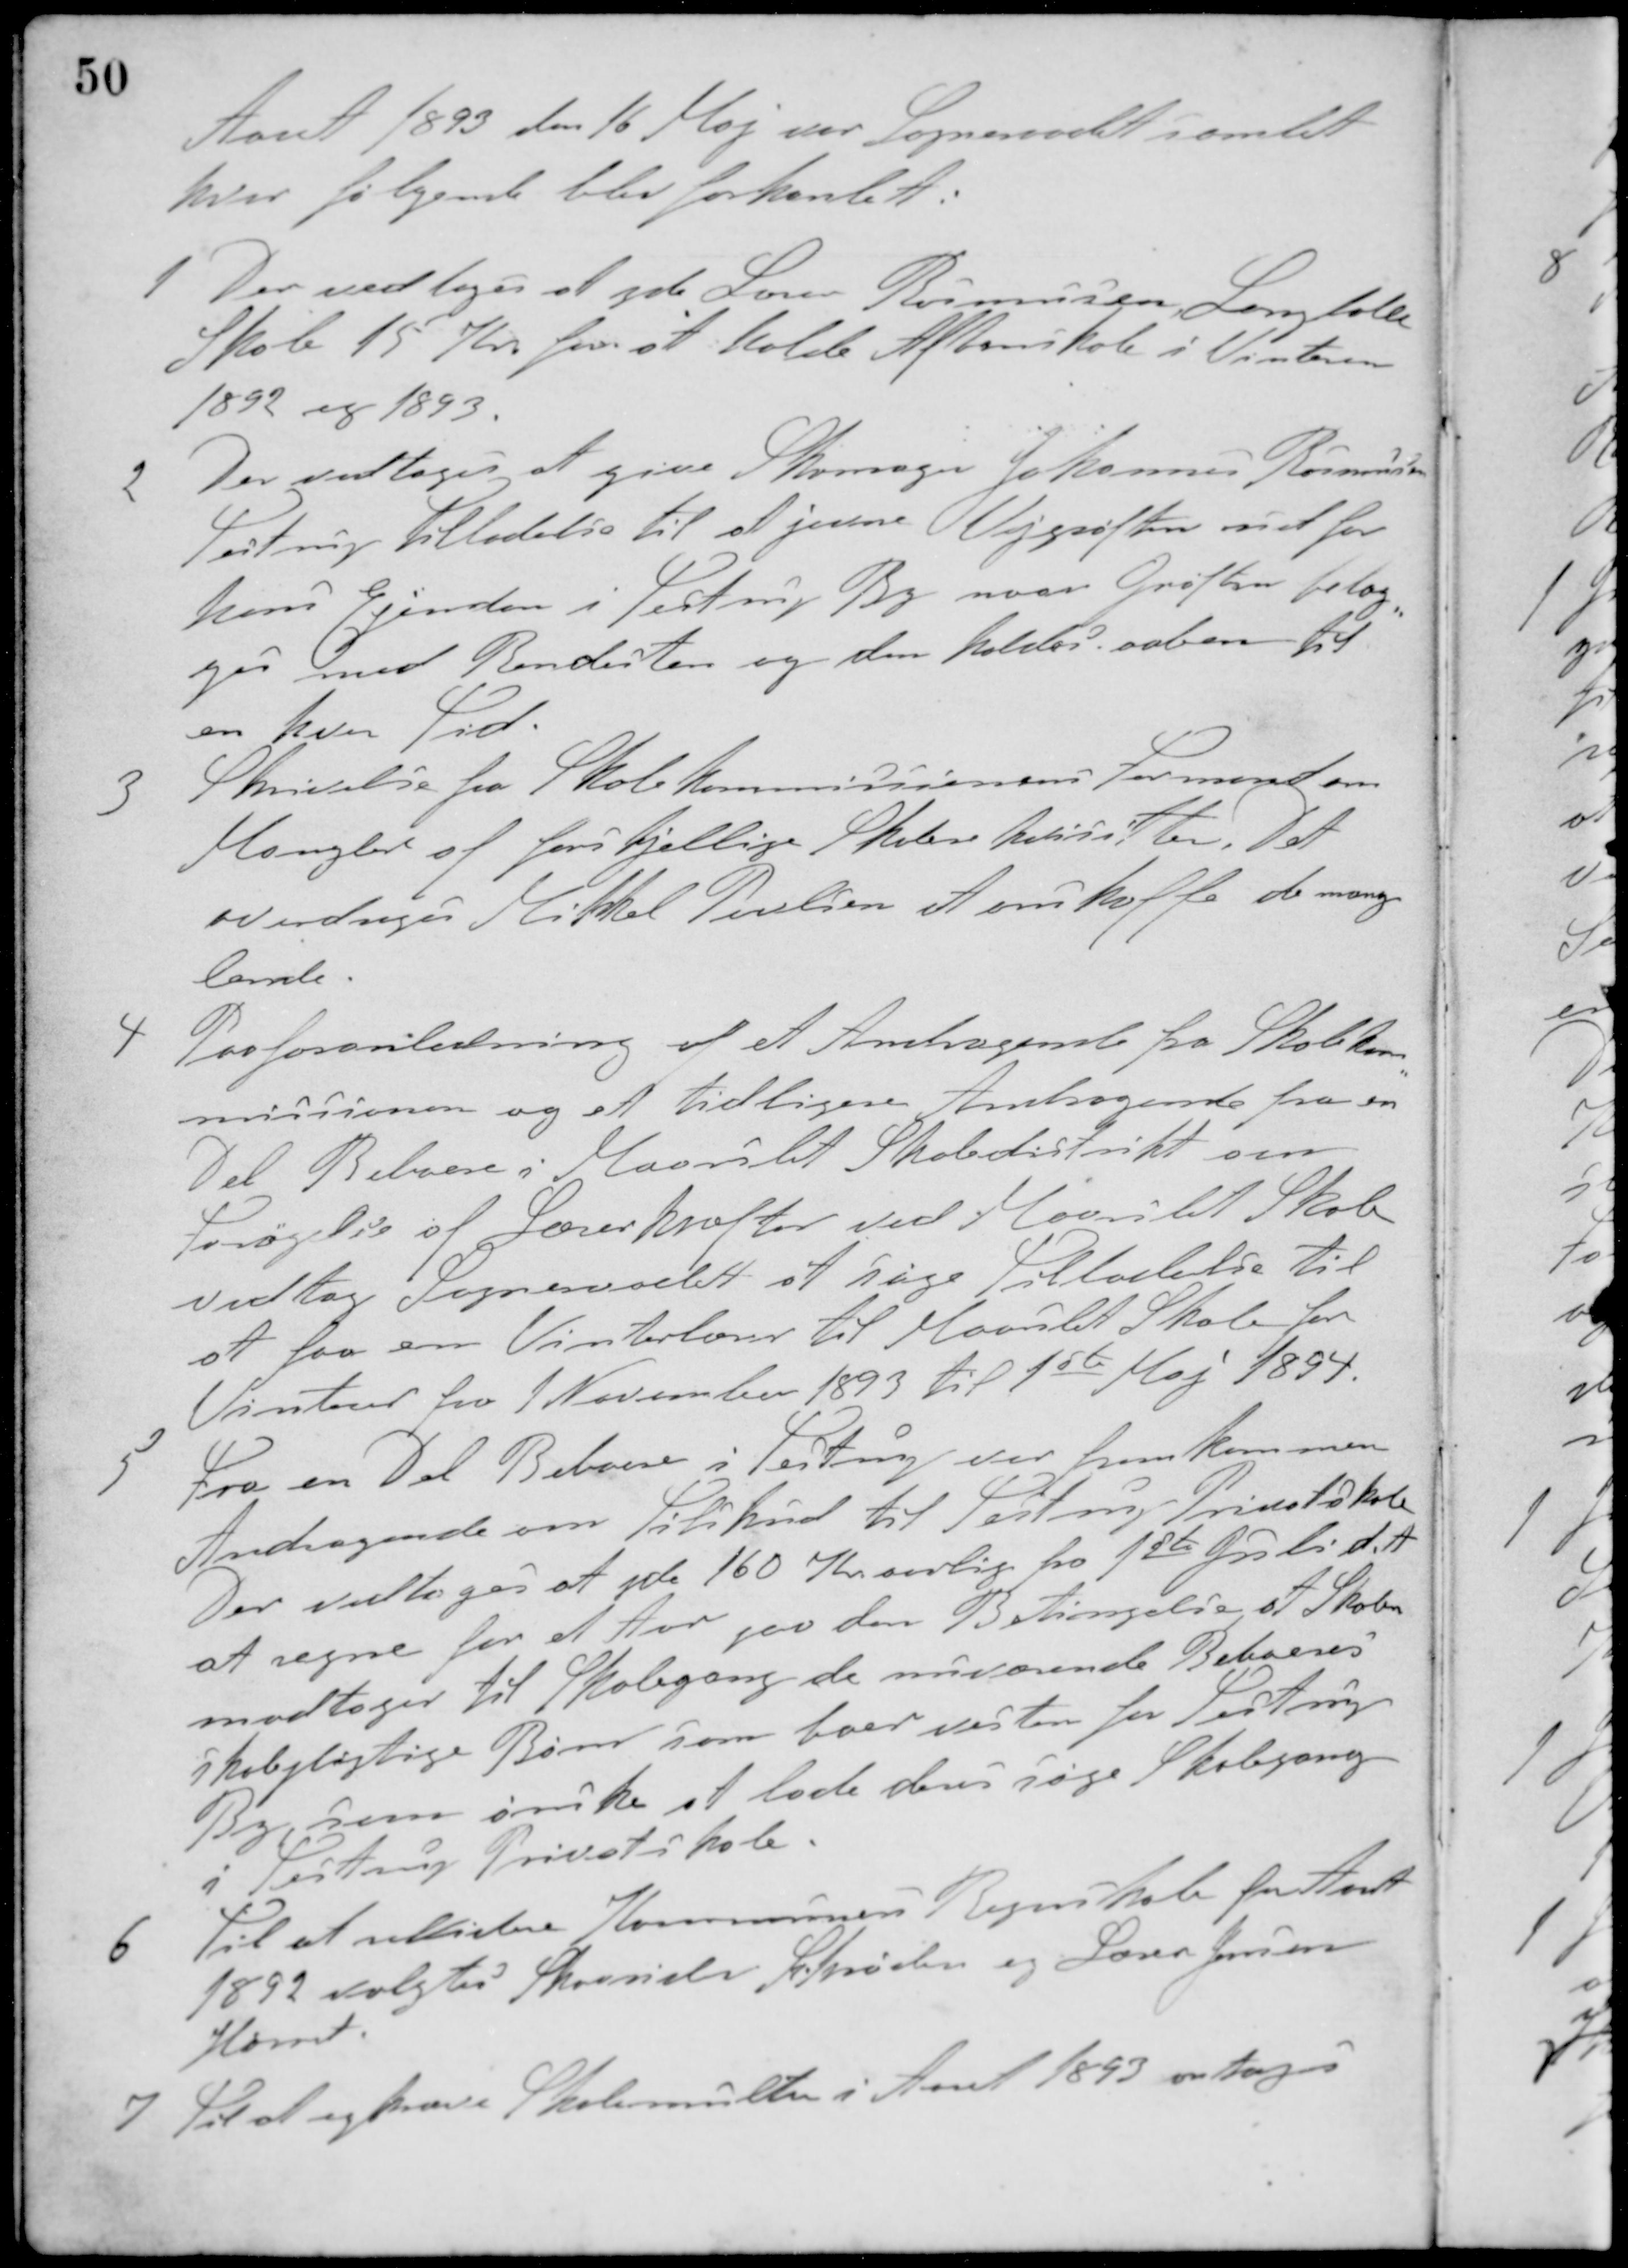
Transskription:
Aaret 1893 den 16 Maj var Sogneraadet samlet
hvor følgende blev forhanlet:
1 Der vedtoges at yde Lærer Rasmussen, Langballe
Skole 15 Kr. for at holde Aftenskole i Vinteren
1892 og 1893.
2 Der vedtoges at give Skomager Johannes Rasmussen
Testrup Tilladelse til at jævne Vejgrøften ud for
hans Ejendom i Testrup By naar Grøften belæg-
ges med Rendesten og den holdes aaben til
enhver Tid.
3 Skrivelse fra Skolekommissionens Formand om
Mangler af forskjellige Skolers Rekvisiter. Det
overdroges Mikkel Poulsen at anskaffe de mang-
lende.
4 Paa foranledning af et Andragende fra Skolekom-
missionen og et tidligere Antagende fra en
Del Beboere i Maarslet Skoledistrikt om
forøgelse af Lærerkræfter ved Maarslet Skole
vedtog Sogneraadet at søge Tilladelse til
at faa en Vinterlærer til Maarslet Skole for
Vinteren fra 1 November 1893 til 1ste Maj 1894.
5 Fra en Del Beboere i Testrup var fremkommen
Andragende om Tilskud til Testrup Privatskole.
Der vedtoges at yde 160 Kr. aarlig fra 1ste Juli d. A.
at regne for et Aar paa den Betingelse at Skolen
modtager til Skolegang de nuværende Beboeres
skolepligtige Børn som boer vesten for Testrup
By, som ønske at lade dens søge Skolegang
i Testrup Privatskole.
6 Til at validere Kommunens Regnskab for Aaret
1892 valgtes Skovrider Schrøder og Lærer Jensen
Hørret.
7 Til at opkræve Skolemulten i Aaret 1893 antoges